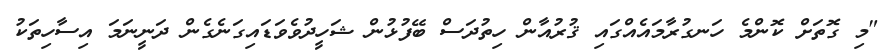
"މި ގޮތަށް ކޮންމެ ހަނގުރާމައެއްގައި ޤުރުއާން ހިތުދަސް ބޭފުޅުން ޝަހީދުވެވަޑައިގަނެގެން ދަނީނަމަ އިސާހިތަކު